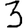
Digit: 3